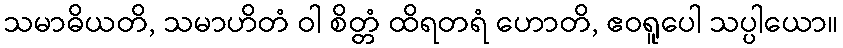
သမာဓိယတိ, သမာဟိတံ ဝါ စိတ္တံ ထိရတရံ ဟောတိ, ဧဝရူပေါ သပ္ပါယော။